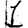
Digit: 1